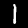
Label: 1